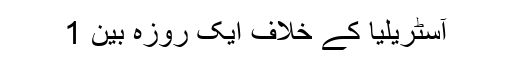
آسٹریلیا کے خلاف ایک روزہ بین 1